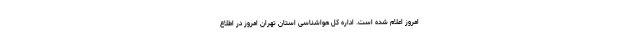
امروز اعلام شده است. اداره کل هواشناسی استان تهران امروز در اطلاع